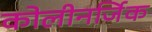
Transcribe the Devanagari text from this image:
कोलीनर्जिक